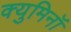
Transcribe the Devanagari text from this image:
क्युमिनॉ